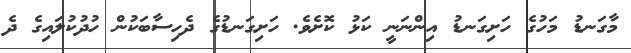
މާގަނޑު މަހުގެ ހަށިގަނޑު އިންނަނީ ކަޅު ކޮށެވެ. ހަށިގަނޑުގެ ދެހިސާބަކުން ހުދުކުލައިގެ ދެ